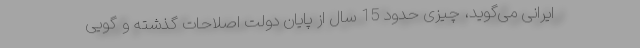
ایرانی می‌گوید، چیزی حدود 15 سال از پایان دولت اصلاحات گذشته و گویی